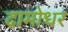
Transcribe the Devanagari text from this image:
दामोधर